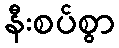
နီးစပ်စွာ